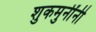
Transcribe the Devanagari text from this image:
शुकमुनींनी